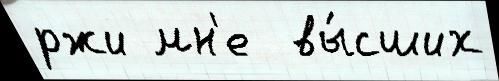
ржи мн'е  вы́сших